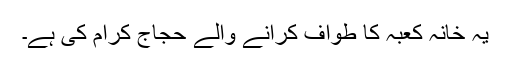
یہ خانہ کعبہ کا طواف کرانے والے حجاج کرام کی ہے۔